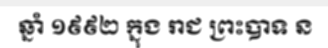
ឆ្នាំ ១៩៩២ ក្នុង រាជ ព្រះបាទ ន